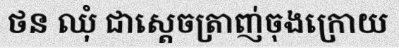
ថន ឈុំ ជាស្តេចត្រាញ់ចុងក្រោយ